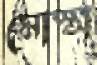
মোস্তা